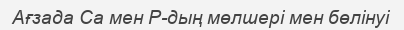
Ағзада Са мен Р-дың мөлшерi мен бөлiнуi